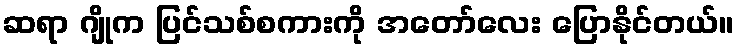
ဆရာ ဂျိုက ပြင်သစ်စကားကို အတော်လေး ပြောနိုင်တယ်။